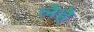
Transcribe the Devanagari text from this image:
लेहे